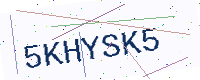
Text: 5KHYSK5